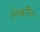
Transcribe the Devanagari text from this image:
निश्वसित